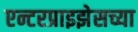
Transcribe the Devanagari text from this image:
एन्टरप्राइझेसच्या